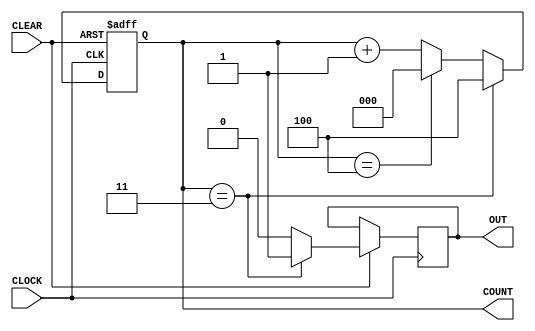
//divide by 5
//divide by 10. slide 10 of lecture 9.2
//divide by 1000 is just N=1000, M=10
// Divide by N counter with M state variables
module divideXn #(parameter N=5, parameter M=3)
    (
        input CLOCK, CLEAR,
        output reg [M-1:0] COUNT, // COUNT is defined as a M-bit register
        output reg OUT
    );

    always @ (negedge CLOCK, negedge CLEAR)
        if (CLEAR==1'b0) COUNT <= 0; // COUNT is loaded with all 0's
        else
        begin
            if (COUNT == N-2'd2) begin OUT <= 1'b1; COUNT <= N-1'd1; end // Once COUNT = N-2 OUT = 1
            else
            if (COUNT == N-1'd1) begin OUT <=1'b0; COUNT <= 0; end //Once COUNT = N-1 OUT=0
            else begin OUT <= 1'b0; COUNT <= COUNT + 1'b1; end // COUNT is incremented
        end
endmodule